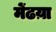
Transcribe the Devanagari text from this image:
मेंढय़ा